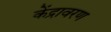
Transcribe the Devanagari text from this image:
केंद्रावरण